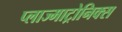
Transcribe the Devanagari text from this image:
प्लाज्माट्रोनिक्स